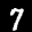
Label: 7